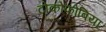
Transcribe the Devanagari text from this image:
टोकोफोबिया